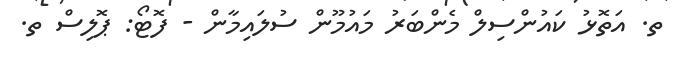
ތ. އަތޮޅު ކައުންސިލް މެންބަރު މައުމޫން ސުލައިމާން - ފޮޓޯ: ޕޮލިސް ތ.